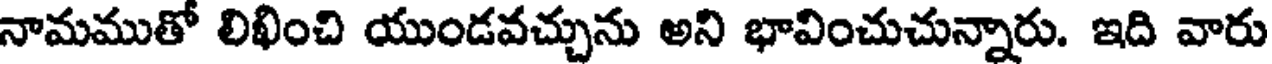
నామముతో లిఖించి యుండవచ్చును అని భావించుచున్నారు. ఇది వారు